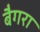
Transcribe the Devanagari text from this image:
बैगरा